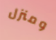
ومنزل